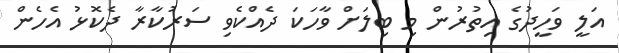
އަލީ ވަހީދުގެ އިތުރުން މި ބިލަށް ވާހަކަ ދެއްކެވި ސަރުކާރާ ދެކޮޅު އެހެން